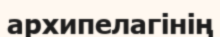
архипелагінің